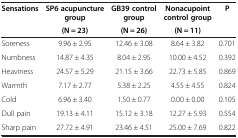
| <ROWSPAN=2> Sensations | SP6 acupuncture group | GB39 control group | Nonacupoint control group | <ROWSPAN=2> P |
 | (N = 23) | (N = 26) | (N = 11) |
 | --- | --- | --- | --- | --- |
 | Soreness | 9.96 ± 2.95 | 12.46 ± 3.08 | 8.64 ± 3.82 | 0.701 |
 | Numbness | 14.87 ± 4.35 | 8.04 ± 2.95 | 10.00 ± 4.52 | 0.392 |
 | Heaviness | 24.57 ± 5.29 | 21.15 ± 3.66 | 22.73 ± 5.85 | 0.869 |
 | Warmth | 7.17 ± 2.77 | 5.38 ± 2.25 | 4.55 ± 4.55 | 0.824 |
 | Cold | 6.96 ± 3.40 | 1.50 ± 0.77 | 0.00 ± 0.00 | 0.105 |
 | Dull pain | 19.13 ± 4.11 | 15.12 ± 3.18 | 12.27 ± 5.93 | 0.554 |
 | Sharp pain | 27.72 ± 4.91 | 23.46 ± 4.51 | 25.00 ± 7.69 | 0.822 |